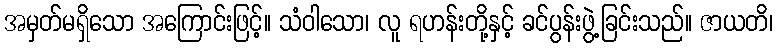
အမှတ်မရှိသော အကြောင်းဖြင့်။ သံဝါသော၊ လူ ရဟန်းတို့နှင့် ခင်ပွန်းဖွဲ့ခြင်းသည်။ ဇာယတိ၊